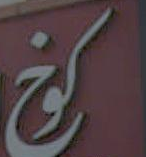
كوخ